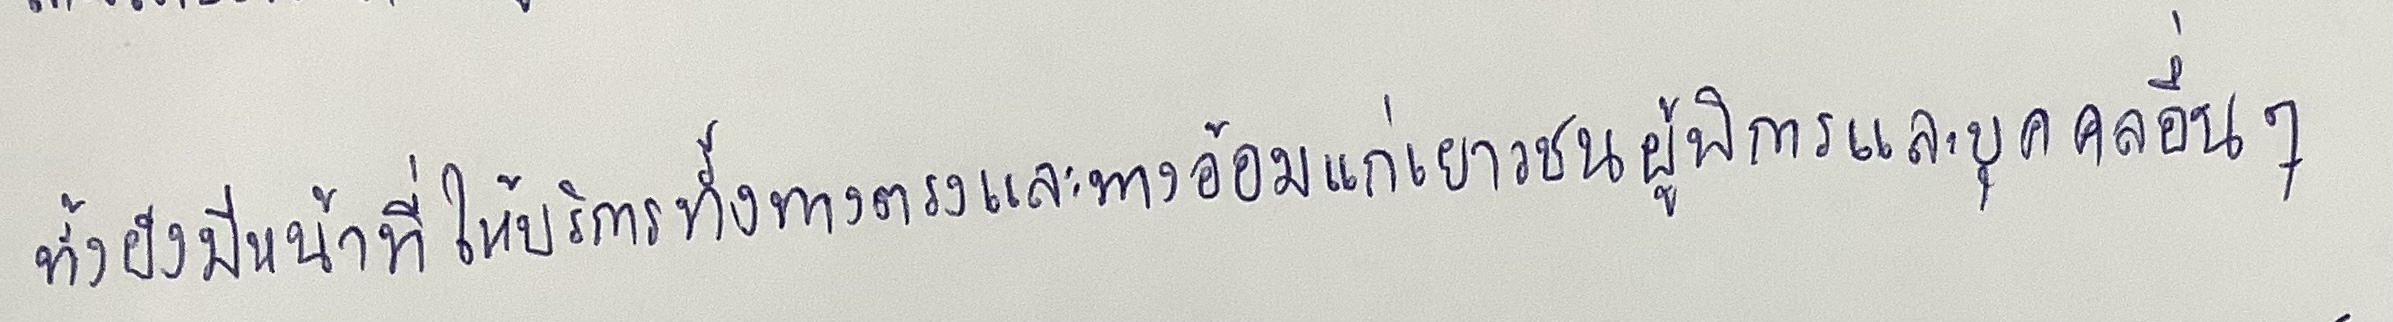
ทั้งยังมีหน้าที่ให้บริการทั้งทางตรงและทางอ้อมแก่เยาวชนผู้พิการและบุคคลอื่นๆ